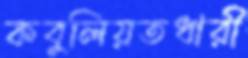
কবুলিয়তধারী